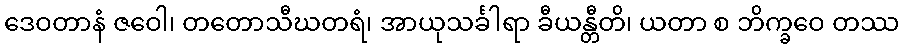
ဒေဝတာနံ ဇဝေါ၊ တတောသီဃတရံ၊ အာယုသင်္ခါရာ ခီယန္တီတိ၊ ယတာ စ ဘိက္ခဝေ တဿ